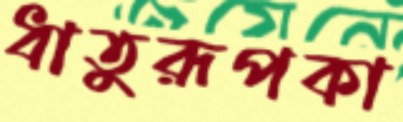
ধাতুরূপকা